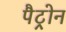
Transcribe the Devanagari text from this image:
पैट्रोन